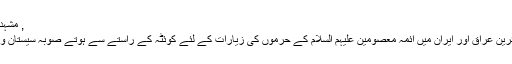
, مشہد و قُمِ مقدس تبصرہ چھوڑیں 114 مناظر
ر سال ہزاروں کی تعداد میں پاکستانی زائرین عراق اور ایران میں آئمہ معصومین علیہم السلام کے حرموں کی زیارات کے لئے کوئٹہ کے راستے سے ہوتے صوبہ سیستان و بلوچستان سے ایران میں داخل ہوتے ہیں۔